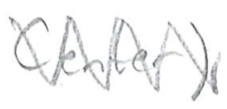
Text: Center)
Cross-out: mix
Writing tool: pencil